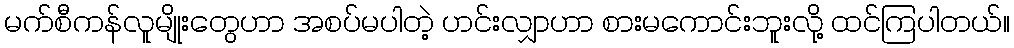
မက်စီကန်လူမျိုးတွေဟာ အစပ်မပါတဲ့ ဟင်းလျှာဟာ စားမကောင်းဘူးလို့ ထင်ကြပါတယ်။